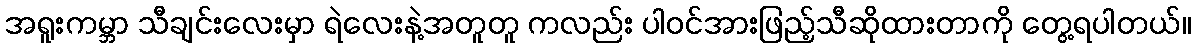
အရူးကမ္ဘာ သီချင်းလေးမှာ ရဲလေးနဲ့အတူတူ ကလည်း ပါဝင်အားဖြည့်သီဆိုထားတာကို တွေ့ရပါတယ်။